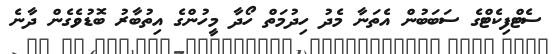
ސެޓްފިކެޓްގެ ސަބަބުން އެތަނާ މެދު ހިދުމަތް ހޯދާ މީހުންގެ އިތުބާރު ބޮޑުވެގެން ދާނެ